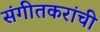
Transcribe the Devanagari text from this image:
संगीतकरांची